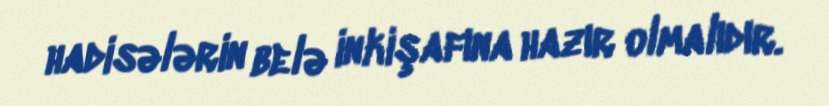
hadisələrin belə inkişafına hazır olmalıdır.